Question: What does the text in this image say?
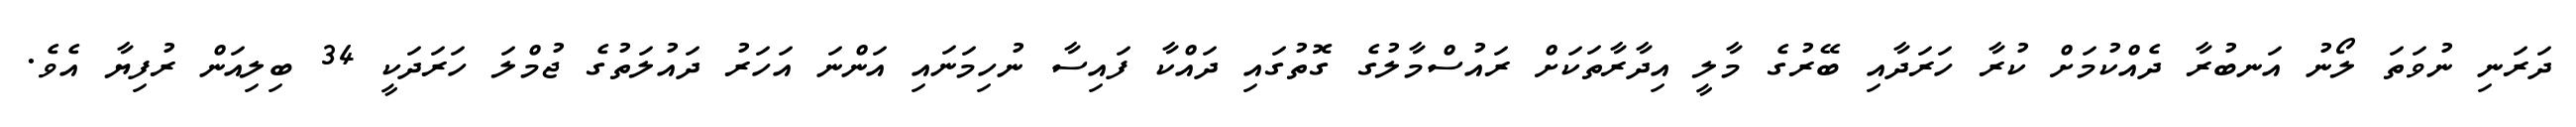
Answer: ދަރަނި ނުވަތަ ލޯނު އަނބުރާ ދެއްކުމަށް ކުރާ ހަރަދާއި ބޭރުގެ މާލީ އިދާރާތަކަށް ރައުސްމާލުގެ ގޮތުގައި ދައްކާ ފައިސާ ނުހިމަނައި އަންނަ އަހަރު ދައުލަތުގެ ޖުމްލަ ހަރަދަކީ 34 ބިލިއަން ރުފިޔާ އެވެ.